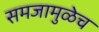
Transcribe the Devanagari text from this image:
समजामुळेच